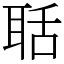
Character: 聒